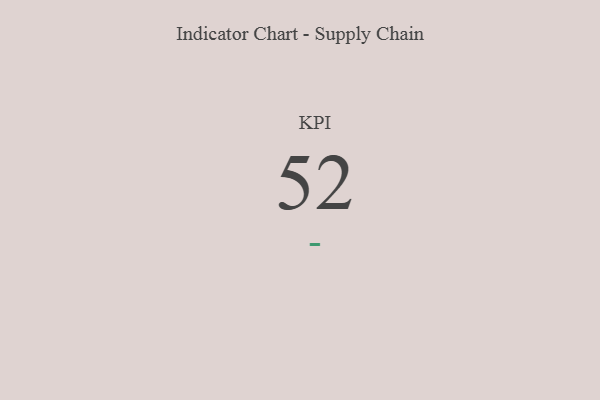
{"axis": {"x": "KPI", "y": "Value"}, "legend": [""], "data": [{"x": "KPI", "y": 52, "type": ""}]}